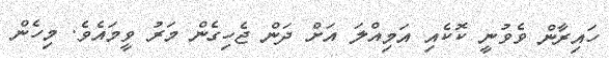
ހައިރާން ވެވުނީ ކޮކެއި އަމިއްލަ އަށް ދަން ޖެހިގެން މަރު ވީމައެވެ. މިހެން